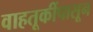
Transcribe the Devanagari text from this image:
वाहतूकींपासून